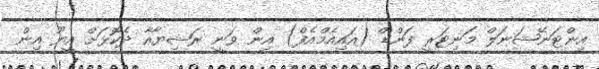
އިންޓަނޭޝަނަލް މަނިޓަރީ ފަންޑް (އައިއެމްއެފް) އިން ވަނީ ރަޝިޔާއާ ދެކޮޅަށް އީޔޫ އިން